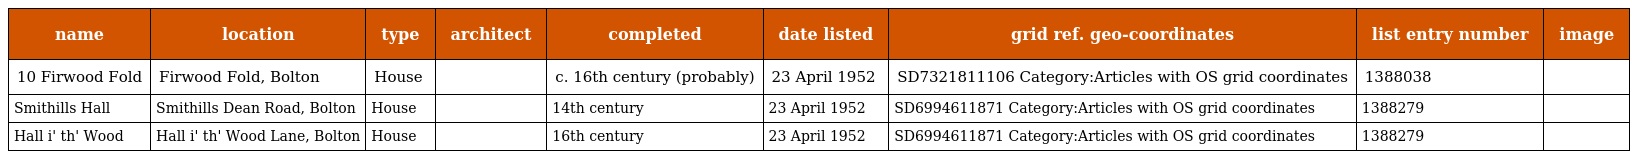
| name | location | type | architect | completed | date listed | grid ref. geo-coordinates | list entry number | image |
 | --- | --- | --- | --- | --- | --- | --- | --- | --- |
 | 10 Firwood Fold | Firwood Fold, Bolton | House |  | c. 16th century (probably) | 23 April 1952 | SD7321811106 Category:Articles with OS grid coordinates | 1388038 |  |
 | Smithills Hall | Smithills Dean Road, Bolton | House |  | 14th century | 23 April 1952 | SD6994611871 Category:Articles with OS grid coordinates | 1388279 |  |
 | Hall i' th' Wood | Hall i' th' Wood Lane, Bolton | House |  | 16th century | 23 April 1952 | SD6994611871 Category:Articles with OS grid coordinates | 1388279 |  |